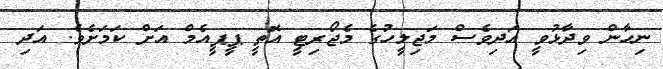
ނިހާން ވިދާޅުވީ އަދިވެސް މަޖިލީހުގެ މެޖޯރިޓީ އޮތީ ޕީޕީއެމް އަށް ކަމަށެވެ. އަދި